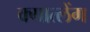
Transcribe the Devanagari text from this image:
क्गात्लेंग